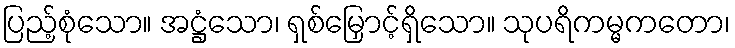
ပြည့်စုံသော။ အဋ္ဌံသော၊ ရှစ်မြှောင့်ရှိသော။ သုပရိကမ္မကတော၊